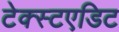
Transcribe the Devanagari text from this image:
टेक्स्टएडिट